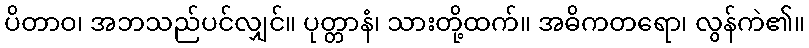
ပိတာဝ၊ အဘသည်ပင်လျှင်။ ပုတ္တာနံ၊ သားတို့ထက်။ အဓိကတရော၊ လွန်ကဲ၏။